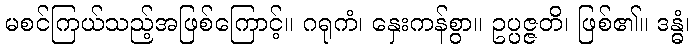
မစင်ကြယ်သည့်အဖြစ်ကြောင့်။ ဂရုကံ၊ နှေးကန်စွာ။ ဥပ္ပဇ္ဇတိ၊ ဖြစ်၏။ ဒန္ဓံ၊